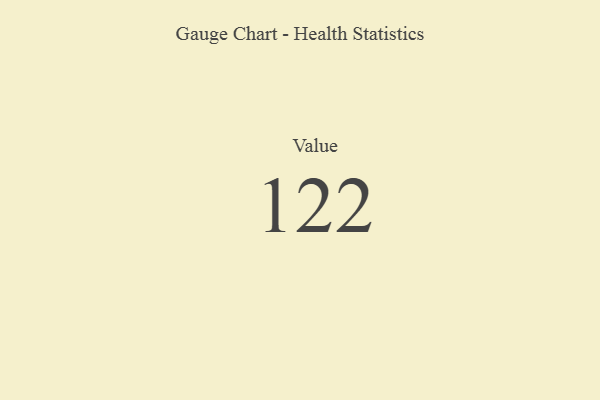
{"axis": {"x": "Metric", "y": "Value"}, "legend": [""], "data": [{"x": "Value", "y": 122, "type": ""}]}